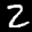
Label: 2